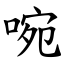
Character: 啘